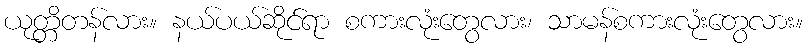
ယုတ္တိတန်လား။ နယ်ပယ်ဆိုင်ရာ စကားလုံးတွေလား၊ သာမန်စကားလုံးတွေလား။